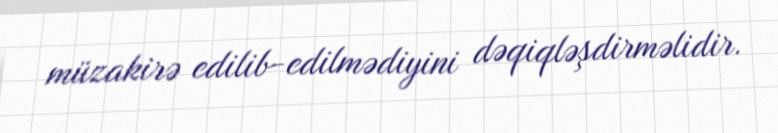
müzakirə edilib-edilmədiyini dəqiqləşdirməlidir.